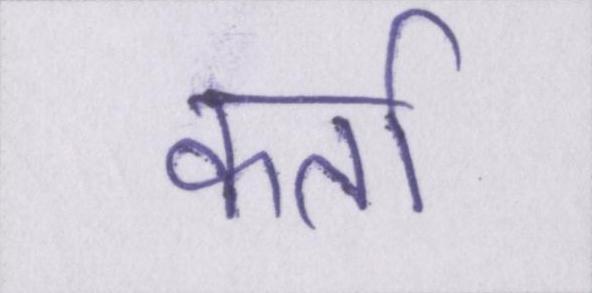
कर्ता